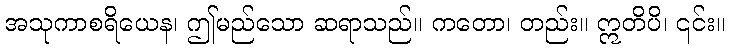
အသုကာစရိယေန၊ ဤမည်သော ဆရာသည်။ ကတော၊ တည်း။ ဣတိပိ၊ ၎င်း။